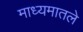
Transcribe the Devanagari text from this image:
माध्यमातले